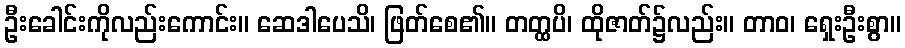
ဦးခေါင်းကိုလည်းကောင်း။ ဆေဒါပေသိ၊ ဖြတ်စေ၏။ တတ္ထပိ၊ ထိုဇာတ်၌လည်း။ တာဝ၊ ရှေးဦးစွာ။